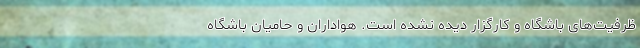
ظرفیت‌های باشگاه و کارگزار دیده نشده است. هواداران و حامیان باشگاه